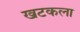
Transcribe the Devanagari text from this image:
खटकला